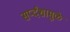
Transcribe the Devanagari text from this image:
सर्प्दंशामुळे